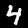
Label: 4